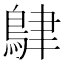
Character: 𪀴